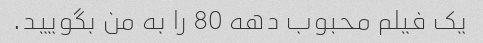
یک فیلم محبوب دهه 80 را به من بگویید.